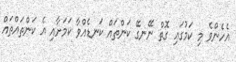
އެހެންވެ މި ކަމުގައި ގޮތް ނޭނގޭ ކަންތައް ކަނޑެއްވާ ކަމަށާއި އެ ކަންތައްތައް